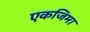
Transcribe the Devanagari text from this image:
एकजिमा